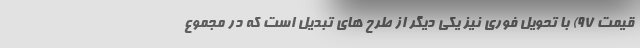
قیمت 97) با تحویل فوری نیز یکی دیگر از طرح های تبدیل است که در مجموع